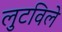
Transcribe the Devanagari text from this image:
लुटविले